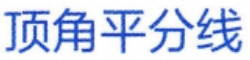
顶角平分线